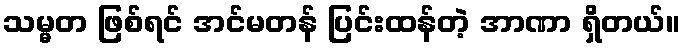
သမ္မတ ဖြစ်ရင် အင်မတန် ပြင်းထန်တဲ့ အာဏာ ရှိတယ်။